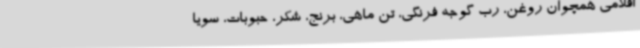
اقلامی همچوان روغن، رب گوجه فرنگی، تن ماهی، برنج، شکر، حبوبات، سویا